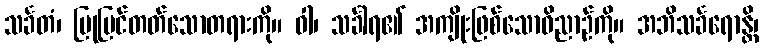
သင်္ခတံ၊ ပြုပြင်တတ်သောတရားကို။ ဝါ၊ သင်္ခါရ၏ အကျိုးဖြစ်သောဝိညာဉ်ကို။ အဘိသင်္ခရောန္တိ၊